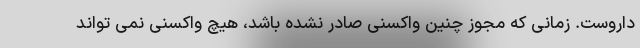
داروست. زمانی که مجوز چنین واکسنی صادر نشده باشد، هیچ واکسنی نمی تواند